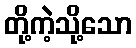
တို့ကဲ့သို့သော